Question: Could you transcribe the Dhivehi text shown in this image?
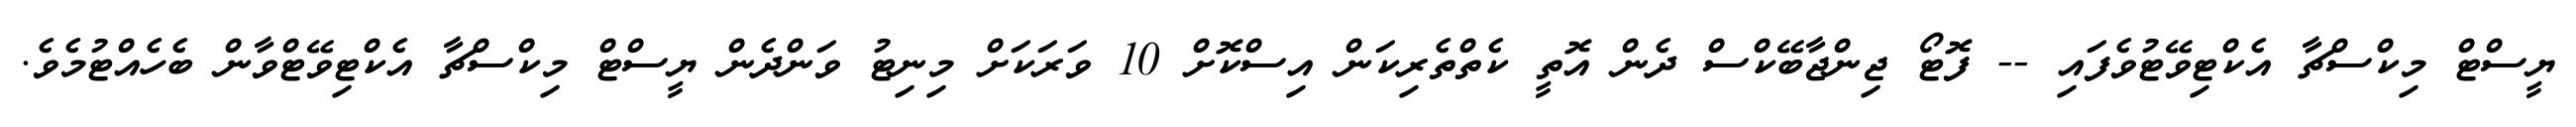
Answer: ޔީސްޓް މިކްސްޗާ އެކްޓިވޭޓުވެފައި -- ފޮޓޯ ޖިންޖާބޭކްސް ދެން އޮތީ ކެތްތެރިކަން އިސްކޮށް 10 ވަރަކަށް މިނިޓު ވަންދެން ޔީސްޓް މިކްސްޗާ އެކްޓިވޭޓްވާން ބެހެއްޓުމެވެ.